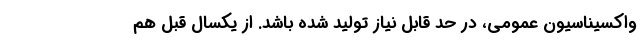
واکسیناسیون عمومی، در حد قابل نیاز تولید شده باشد. از یکسال قبل هم